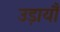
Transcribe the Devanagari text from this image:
उड़ायौ